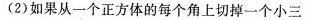
( 2 ) 如果从一个正方体的每个角上切掉一个小三